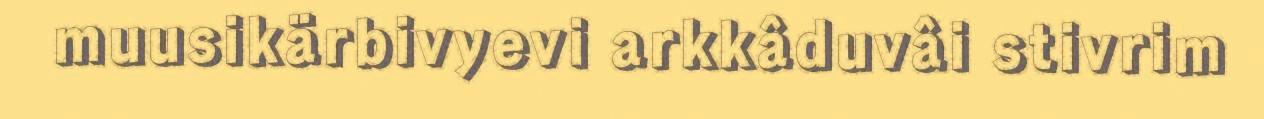
muusikärbivyevi arkkâduvâi stivrim